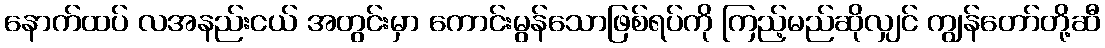
နောက်ထပ် လအနည်းငယ် အတွင်းမှာ ကောင်းမွန်သောဖြစ်ရပ်ကို ကြည့်မည်ဆိုလျှင် ကျွန်တော်တို့ဆီ